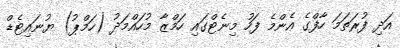
އަދި ފުރަތަމަ ހާފްގެ އެންމެ ފަހު މިނެޓްގައި ހަމްޒާ މުހައްމަދު (ހަމްޕު) ޔުނައިޓެޑް